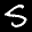
Label: 5